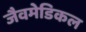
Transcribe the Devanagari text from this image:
जैवमेडिकल